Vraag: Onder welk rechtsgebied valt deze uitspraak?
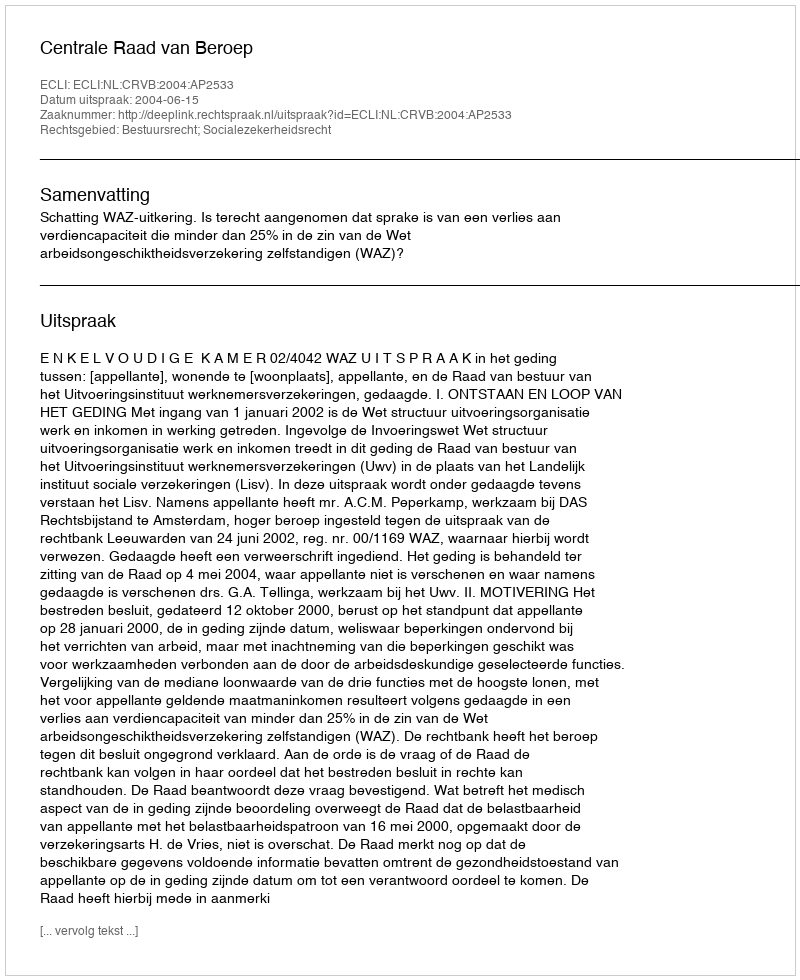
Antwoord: Bestuursrecht; Socialezekerheidsrecht